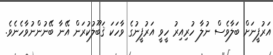
އަރުފީނަށް ބަލާވެސް ނުލާ ހުރިއިރު ހީވީ އަރުފީނުގެ ވާހަކަ ޤަބޫލުކުރަން އޭނާ ބޭނުންނުވާހެނެވެ.